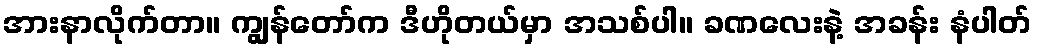
အားနာလိုက်တာ။ ကျွန်တော်က ဒီဟိုတယ်မှာ အသစ်ပါ။ ခဏလေးနဲ့ အခန်း နံပါတ်